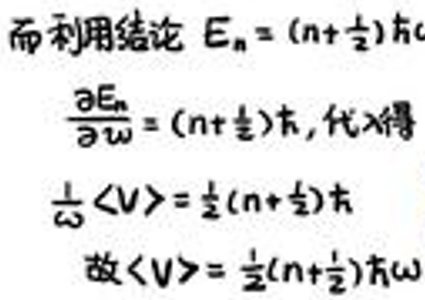
而利用结论\( E_{n}=(n+\frac{1}{2})\hbar\omega\)

\(\frac{\partial E_{n}}{\partial\omega}=(n+\frac{1}{2})\hbar,\)代入得

\(\frac{1}{2}\langle v\rangle=\frac{1}{2}(n+\frac{1}{2})\hbar\)

故\(\langle v\rangle=\frac{1}{2}(n+\frac{1}{2})\hbar\omega\)